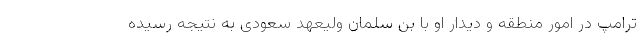
ترامپ در امور منطقه و دیدار او با بن سلمان ولیعهد سعودی به نتیجه رسیده